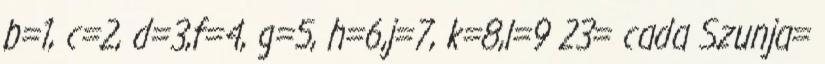
b=1, c=2, d=3,f=4, g=5, h=6,j=7, k=8,l=9 23= cada Szunja=